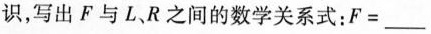
识，写出F与L、R之间的数学关系式：F=___